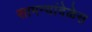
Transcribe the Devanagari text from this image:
सामन्यांवेळेस